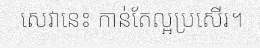
សេវានេះ កាន់តែល្អប្រសើរ។